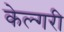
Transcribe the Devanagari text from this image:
केल्गरी